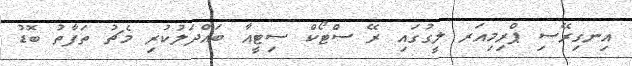
އިނގިރޭސި ޕްރިމިއަރ ލީގުގައި ރޭ ސްޓޯކް ސިޓީއާ ބައްދަލުކުރި މެޗު ތަފާތު ބޮޑު